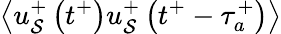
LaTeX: \left<u_{\mathcal{S}}^{+}\left(t^{+}\right)u_{\mathcal{S}}^{+}\left(t^{+}-\tau_{a}^{+}\right)\right>